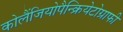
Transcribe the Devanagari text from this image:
कोलैंजियोपैन्क्रियेटोग्राफी